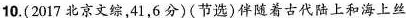
10.(2017北京文综，41，6分)(节选)伴随着古代陆上和海上丝